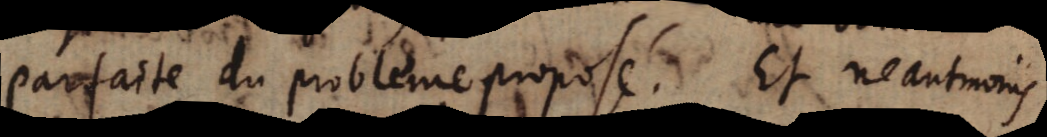
parfaite du probleme proposé. Et neantmins